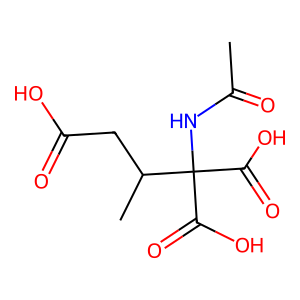
SMILES: CC(=O)NC(C(=O)O)(C(=O)O)C(C)CC(=O)O
Inhibits HIV replication: No